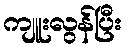
ကျူးလွန်ပြီး